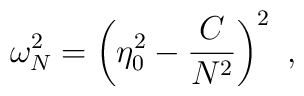
\omega_N^2 = \left(\eta_0^2 - \frac{C}{N^2}\right)^2 \ ,